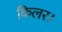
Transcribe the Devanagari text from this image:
किलर।